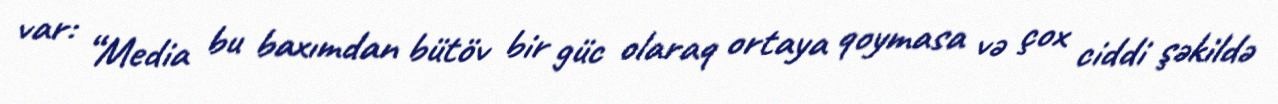
var: “Media bu baxımdan bütöv bir güc olaraq ortaya qoymasa və çox ciddi şəkildə